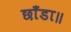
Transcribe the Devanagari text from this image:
छाँडा॥